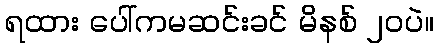
ရထား ပေါ်ကမဆင်းခင် မိနစ် ၂၀ပဲ။